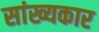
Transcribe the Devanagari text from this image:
सांख्यकार